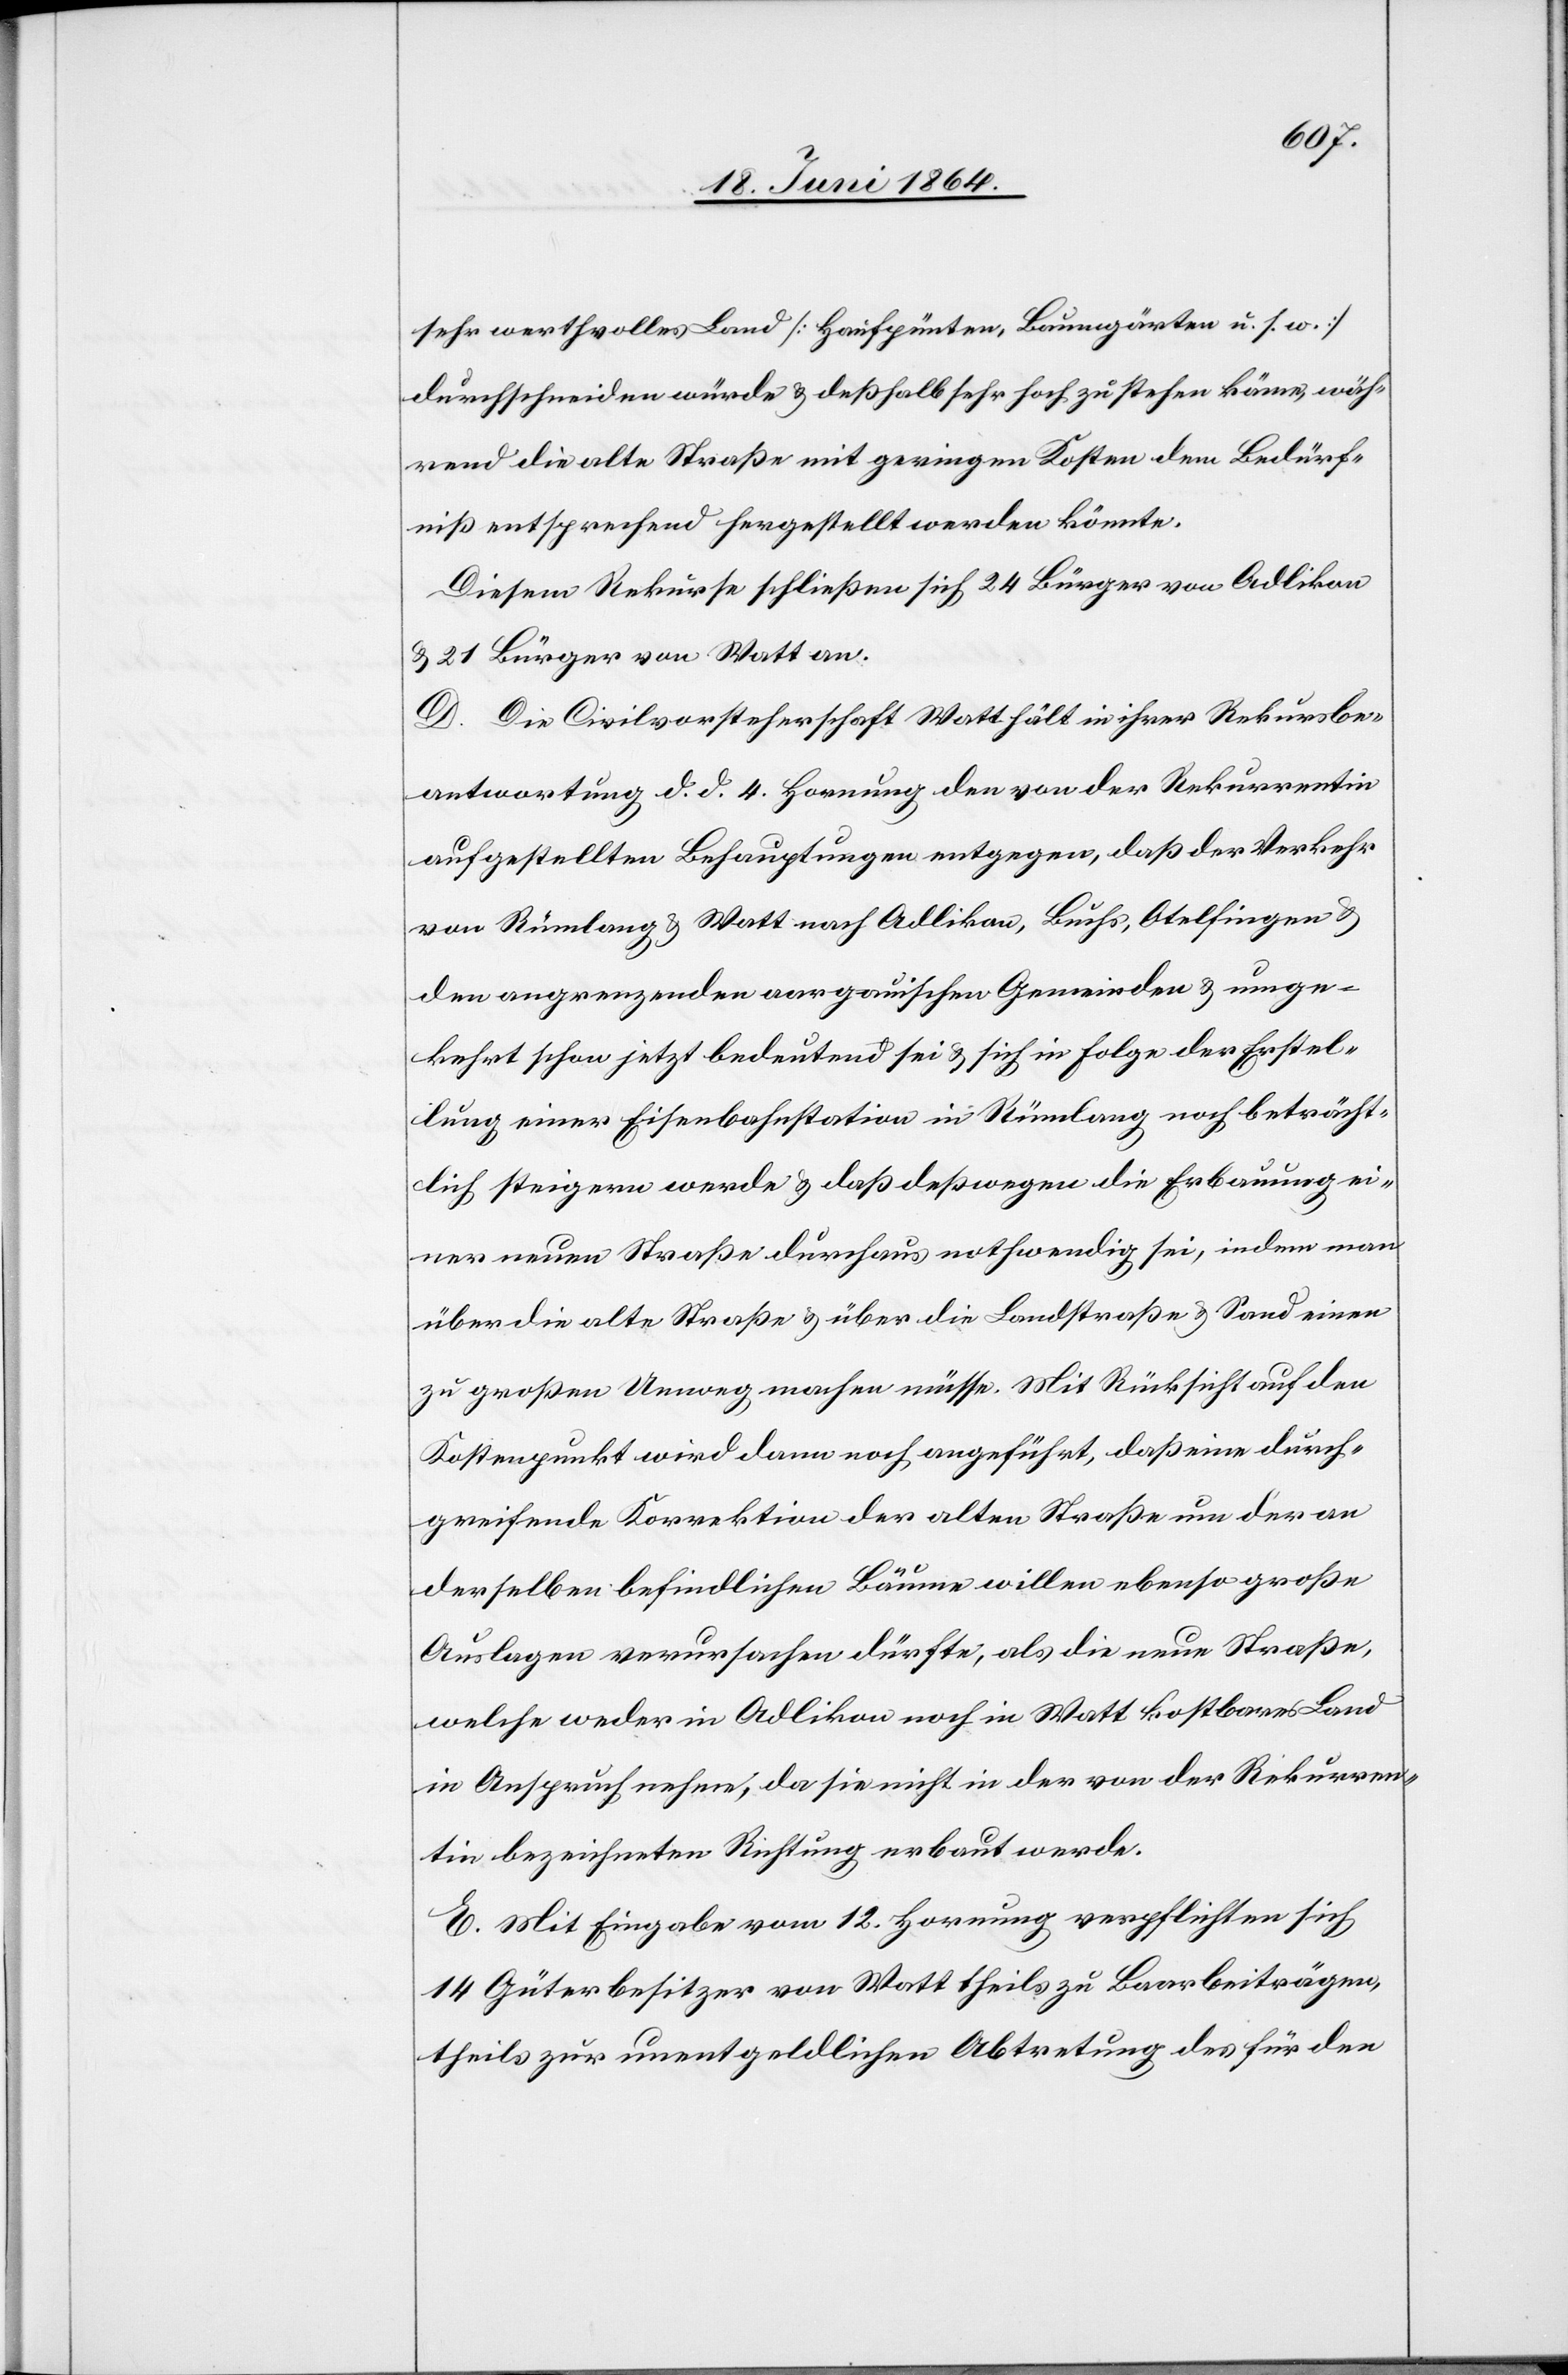
sehr wertvolles Land [Hanfpünten, Baumgärten u. s. w.]
durchschneiden würde u. deßhalb sehr hoch zu stehen käme, wäh¬
rend die alte Straße mit geringen Kosten dem Bedürf¬
niß entsprechend hergestellt werden könnte.
Diesem Rekurse schließen sich 24 Bürger von Adlikon
u. 21 Bürger von Watt an.
D. Die Civilvorsteherschaft Watt hält in ihrer Rekursbe¬
antwortung d. d. 4. Hornung den von der Rekurrentin
aufgestellten Behauptungen entgegen, daß der Verkehr
von Rümlang u. Watt nach Adlikon, Buchs, Otelfingen u.
den angrenzenden aargauischen Gemeinden u. umge¬
kehrt schon jetzt bedeutend sei u. sich in Folge der Erstel¬
lung einer Eisenbahnstation in Rümlang noch beträcht¬
lich steigern werde u. daß deßwegen die Erbauung ei¬
ner neuen Straße durchaus nothwendig sei, indem man
über die alte Straße u. über die Landstraße u. Sand einen
zu großen Umweg machen müsse. Mit Rücksicht auf den
Kostenpunkt wird dann noch angeführt, daß eine durch¬
greifende Korrektion der alten Straße um der an
derselben befindlichen Bäume willen ebenso große
Auslagen verursachen dürfte, als die neue Straße,
welche weder in Adlikon noch in Watt kostbares Land
in Anspruch nehme, da sie nicht in der von der Rekurren¬
tin bezeichneten Richtung erbaut werde.
E. Mit Eingabe vom 12. Hornung verpflichten sich
14 Güterbesitzer von Watt theils zu Baarbeiträgen,
theils zur unentgeldlichen Abtretung des für den